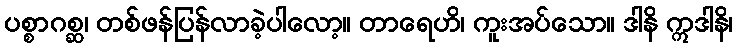
ပစ္စာဂစ္ဆ၊ တစ်ဖန်ပြန်လာခဲ့ပါလော့။ တာရေဟိ၊ ကူးအပ်သော။ ဒါနိ ဣဒါနိ၊